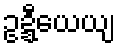
ဥဍ္ဍီယေယျ